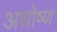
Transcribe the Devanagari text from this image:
अधोष्ण